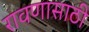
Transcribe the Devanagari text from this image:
रावणासाठी